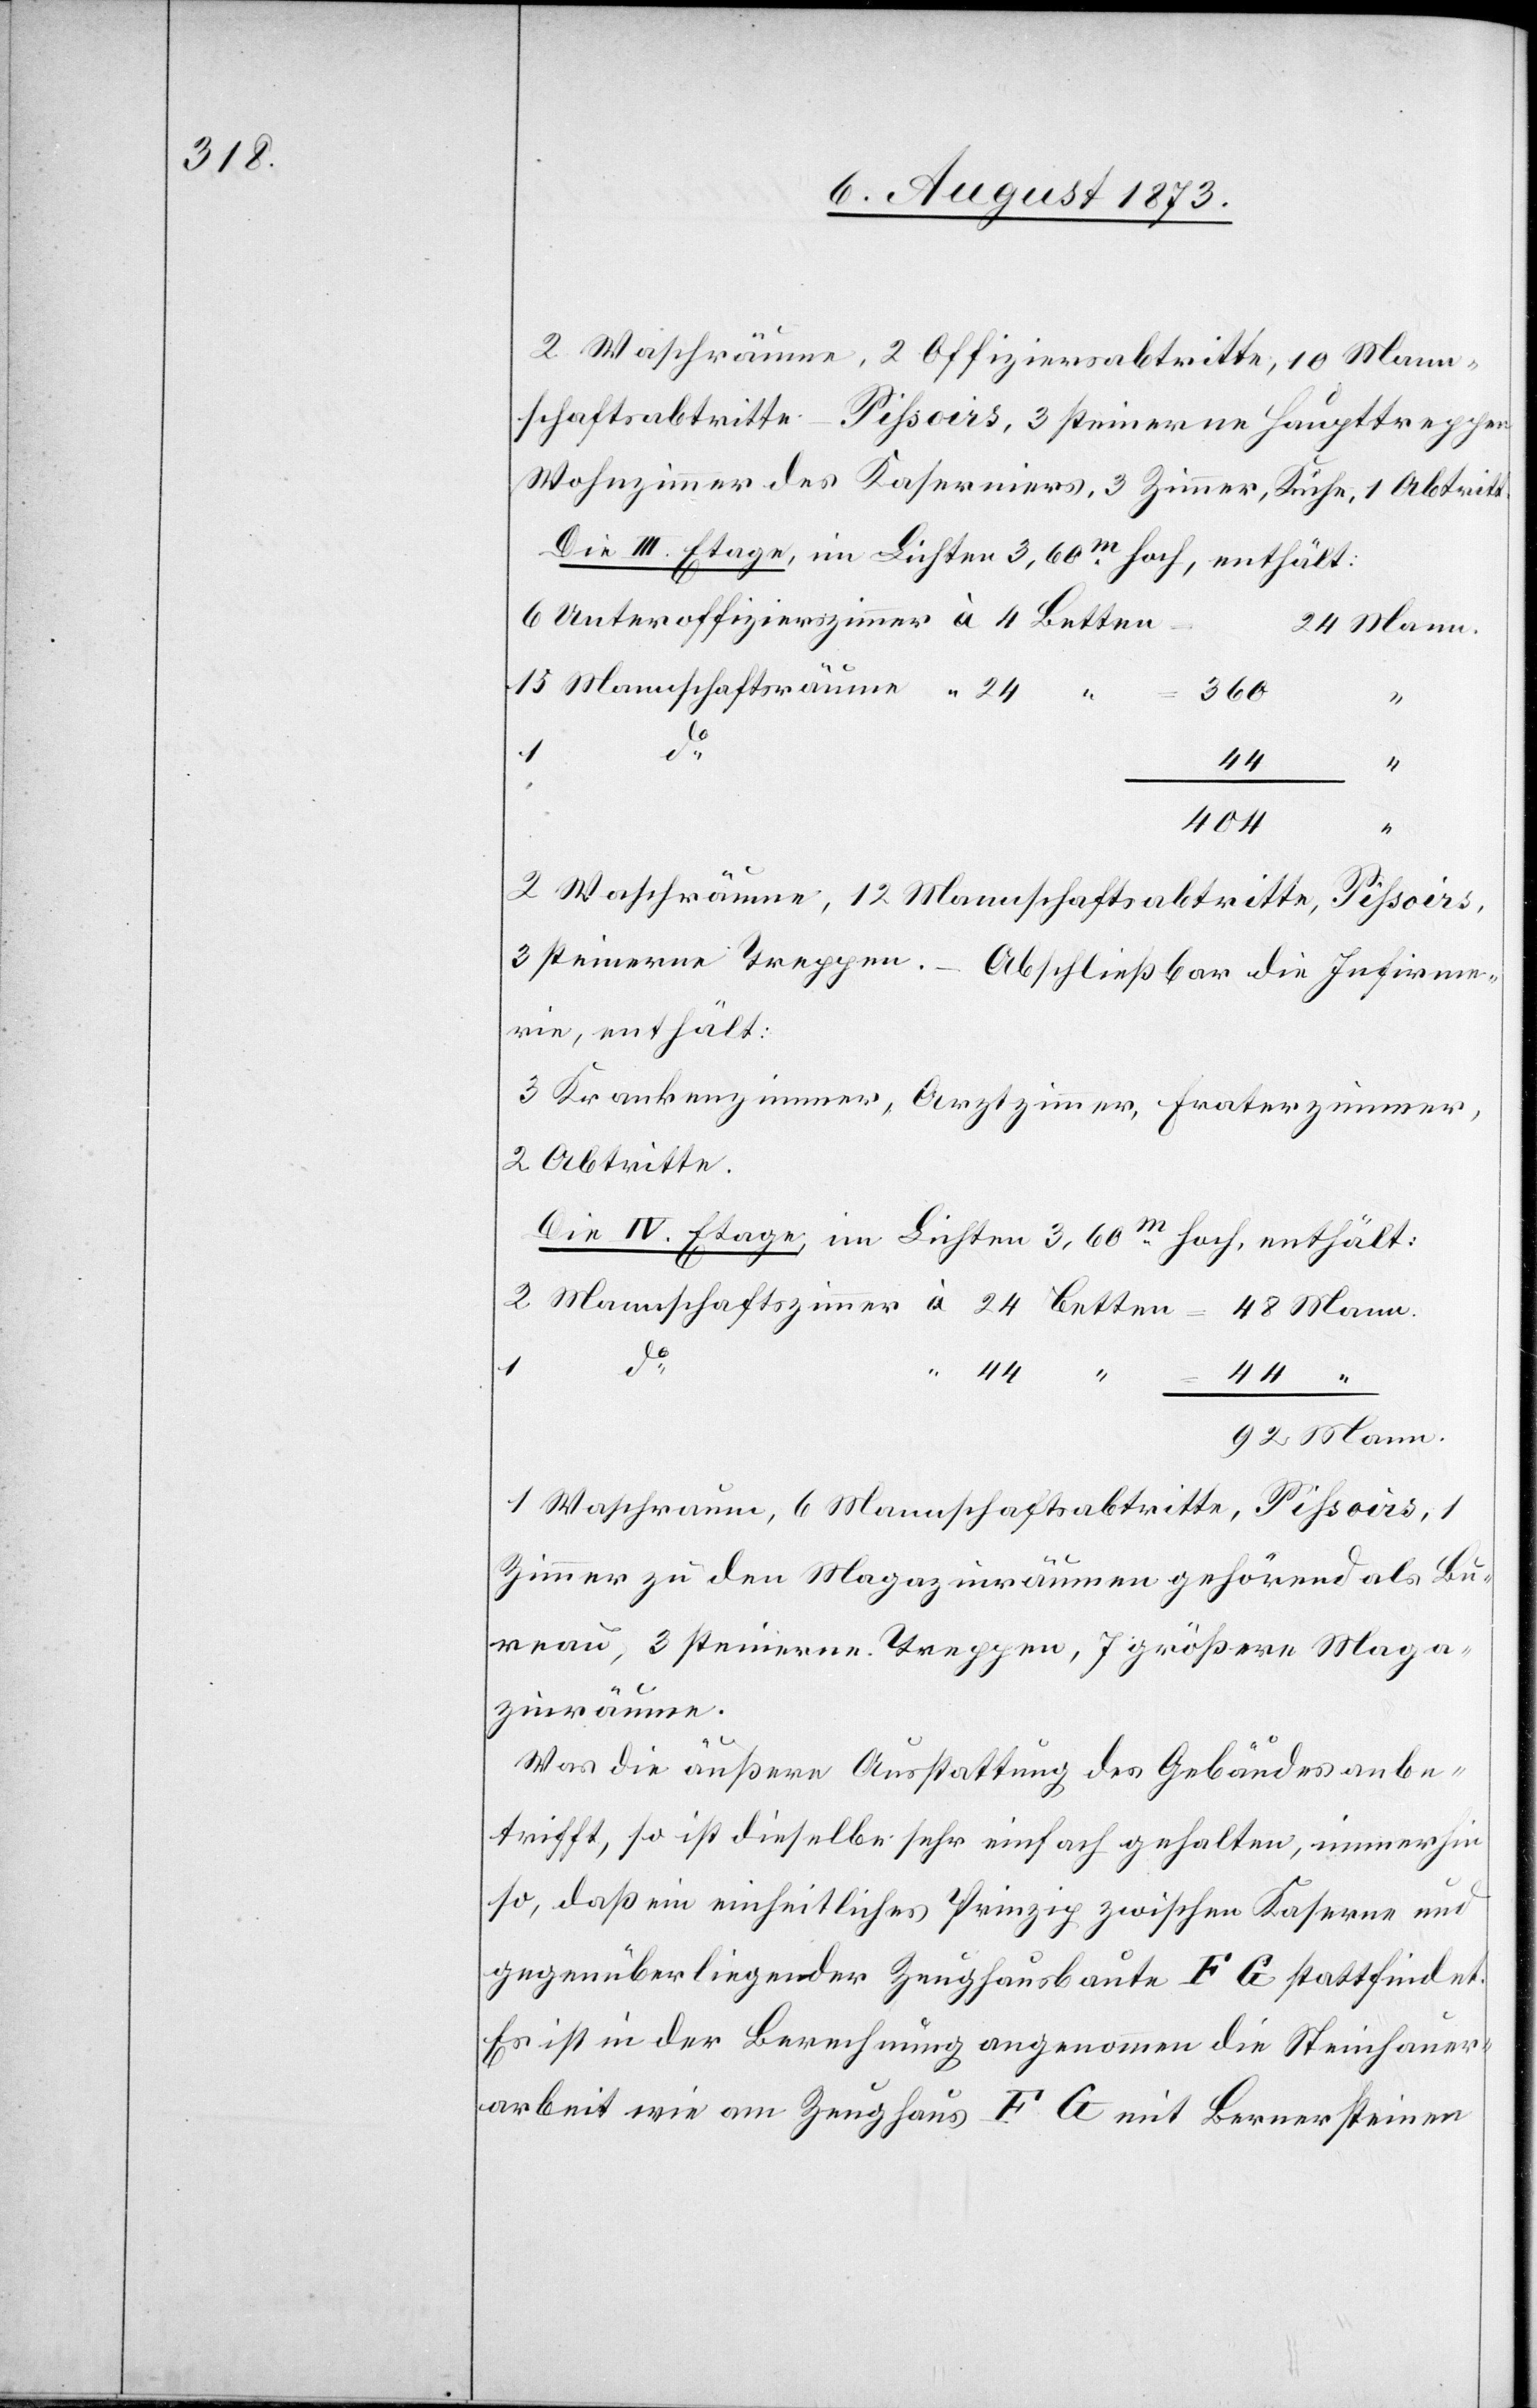
2 Waschräume, 2 Offiziersabtritte, 10 Mann¬
schaftsabtritte – Pissoirs, 3 steinerne Haupttreppe¬
Wohnzimmer des Kaserniers, 3 Zimmer, Küche, 1 Abtritt.
Die III. Etage, im Lichten 3,60m hoch, enthält:
Mannschaftsräume
24
360
1
do
44
4
404
2 Waschräume, 12 Mannschaftsabtritte, Pissoirs,
3 steinerne Treppen.
Mann.
Abschließbar die Infirme¬
rie, enthält:
3 Krankenzimmer, Arztzimmer, Fraterzimmer,
2 Abtritte.
Die IV. Etage, im Lichten 3,60m hoch, enthält:
1 Waschraum, 6 Mannschaftsabtritte, Pissoirs, 1
Zimmer zu den Magazinräumen gehörend als Bu¬
reau, 3 steinerne Treppen, 7 größere Maga¬
zinräume.
Was die äußere Ausstattung des Gebäudes anbe¬
trifft, so ist dieselbe sehr einfach gehalten, immerhin
so, daß ein einheitliches Prinzip zwischen Kaserne und
gegenüberliegender Zeughausbaute F G stattfindet.
Es ist in der Berechnung angenommen die Steinhauer¬
arbeit wie am Zeughaus F G mit Bernersteinen